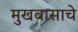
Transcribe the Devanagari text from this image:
मुखवासाचे